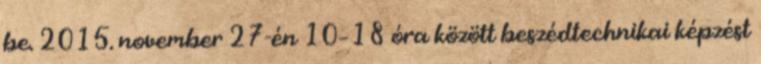
be. 2015. november 27-én 10–18 óra között beszédtechnikai képzést